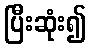
ပြီးဆုံး၍